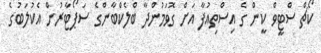
ކޯޗް ސްޓީވް ކީން ގެ އިސްތިއުފާ އަށް ގޮވަމުންދާ ބްލެކްބާންގެ ސަޕޯޓާރުން އެކުލަބުގެ